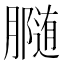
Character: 𰯟